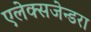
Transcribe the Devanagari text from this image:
एलेक्सजेन्डरा